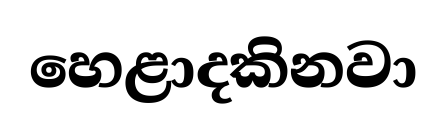
හෙළාදකිනවා